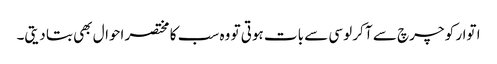
ا توار کو چرچ سے آ کر لوسی سے بات ہوتی تو وہ سب کا مختصر احوال بھی بتا دیتی۔